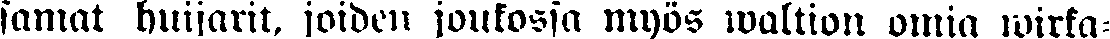
samat huijarit, joiden joukossa myös waltion omia wirka-